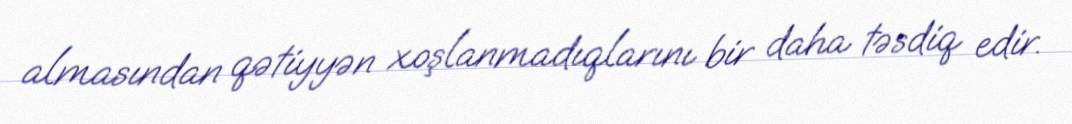
almasından qətiyyən xoşlanmadıqlarını bir daha təsdiq edir.